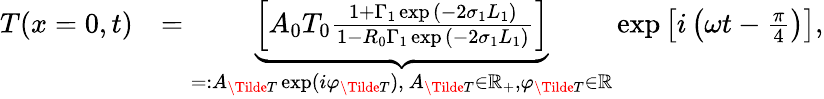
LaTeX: \begin{array}{rl}{T(x=0,t)}&{=\underbrace{\left[A_{0}T_{0}\frac{1+\Gamma_{1}\exp{(-2\sigma_{1}L_{1})}}{1-R_{0}\Gamma_{1}\exp{(-2\sigma_{1}L_{1})}}\right]}_{=:A_{\Tilde{T}}\exp(i\varphi_{\Tilde{T}}),\ A_{\Tilde{T}}\in\mathbb{R}_{+},\varphi_{\Tilde{T}}\in\mathbb{R}}\exp{\left[i\left(\omega t-\frac{\pi}{4}\right)\right]},}\end{array}